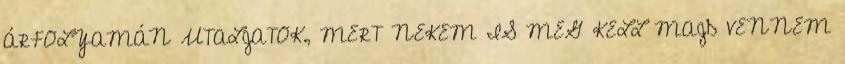
ÁRFOLYAMÁN UTALJATOK, MERT NEKEM IS MEG KELL MAJD VENNEM